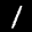
Label: 1